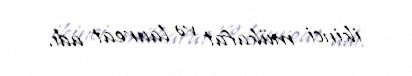
ikinci mükafat və laureat adı.